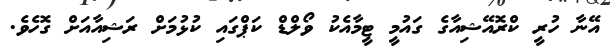
އޭނާ ހުރީ ކްރޮއޭޝިއާގެ ގައުމީ ޓީމާއެކު ވޯލްޑް ކަޕްގައި ކުޅުމަށް ރަޝިއާއަށް ގޮހެވެ.